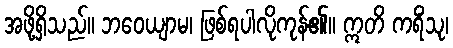
အဖို့ရှိသည်။ ဘဝေယျာမ၊ ဖြစ်ရပါလိုကုန်၏။ ဣတိ ကရိံသု၊